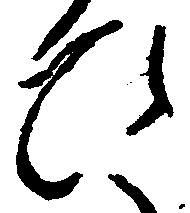
ひ